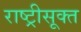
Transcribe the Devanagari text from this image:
राष्ट्रीसूक्त